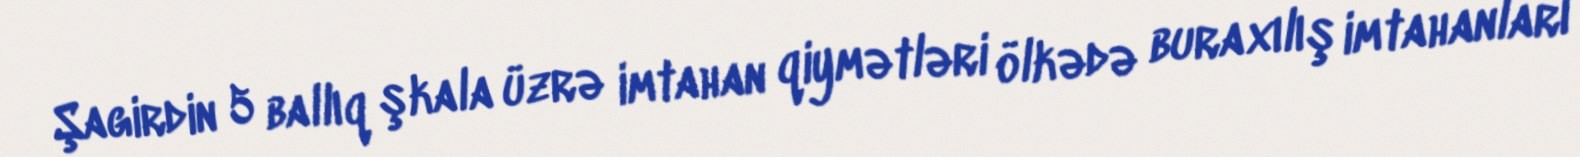
Şagirdin 5 ballıq şkala üzrə imtahan qiymətləri ölkədə buraxılış imtahanları